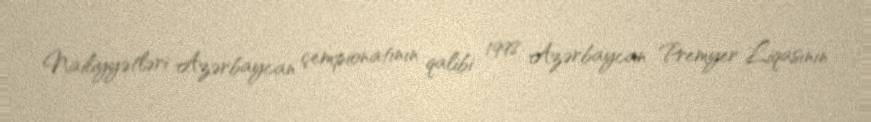
Nailiyyətləri Azərbaycan çempionatının qalibi 1998 Azərbaycan Premyer Liqasının